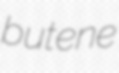
butene